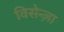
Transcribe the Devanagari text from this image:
विसेन्ज़ा